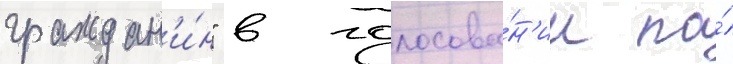
граждан'и́н" в голосова́н'ии по́